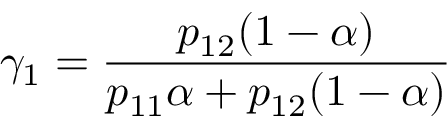
\gamma _ { 1 } = \frac { p _ { 1 2 } ( 1 - \alpha ) } { p _ { 1 1 } \alpha + p _ { 1 2 } ( 1 - \alpha ) }